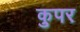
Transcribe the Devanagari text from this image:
कुपर